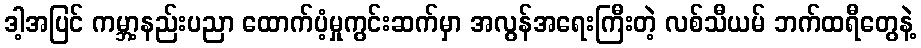
ဒါ့အပြင် ကမ္ဘာ့နည်းပညာ ထောက်ပံ့မှုကွင်းဆက်မှာ အလွန်အရေးကြီးတဲ့ လစ်သီယမ် ဘက်ထရီတွေနဲ့